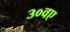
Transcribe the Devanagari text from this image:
३०वए